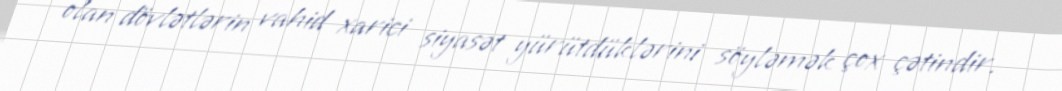
olan dövlətlərin vahid xarici siyasət yürütdüklərini söyləmək çox çətindir.